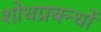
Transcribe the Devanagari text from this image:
शोधप्रबन्धों